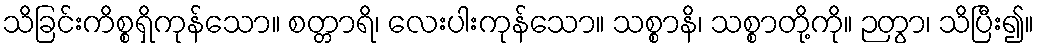
သိခြင်းကိစ္စရှိကုန်သော။ စတ္တာရိ၊ လေးပါးကုန်သော။ သစ္စာနိ၊ သစ္စာတို့ကို။ ဉတွာ၊ သိပြီး၍။